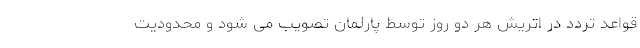
قواعد تردد در اتریش هر دو روز توسط پارلمان تصویب می شود و محدودیت